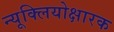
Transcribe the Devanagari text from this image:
न्यूक्लियोक्षारक